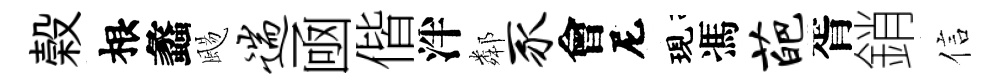
榖根蠡颺遄凾偕泮鄰豕會尼現馮葩胥銷信